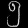
Digit: ၅